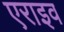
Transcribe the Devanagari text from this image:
एराइव